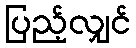
ပြည့်လျှင်